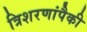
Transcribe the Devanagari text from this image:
त्रिशरणांपैकी